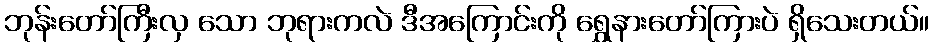
ဘုန်းတော်ကြီးလှ သော ဘုရားကလဲ ဒီအကြောင်းကို ရွှေနားတော်ကြားပဲ ရှိသေးတယ်။